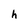
Character: h